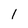
Character: 1